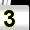
Digit: 3